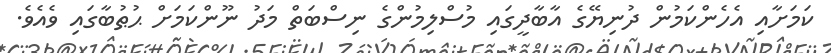
ކަމަށާއި އެހެންކަމުން ދުނިޔޭގެ އާބާދީގައި މުސްލިމުންގެ ނިސްބަތް މަދު ނޫންކަމަށް ޙުޠުބާގައި ވެއެވެ.